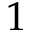
1